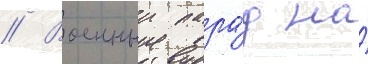
// Военныи пара́д на́